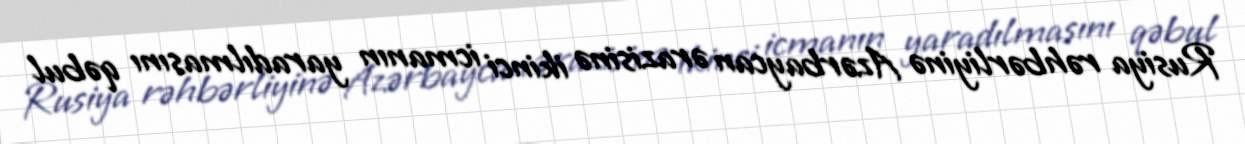
Rusiya rəhbərliyinə Azərbaycan ərazisinə ikinci icmanın yaradılmasını qəbul